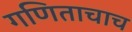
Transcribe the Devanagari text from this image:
गणिताचाच